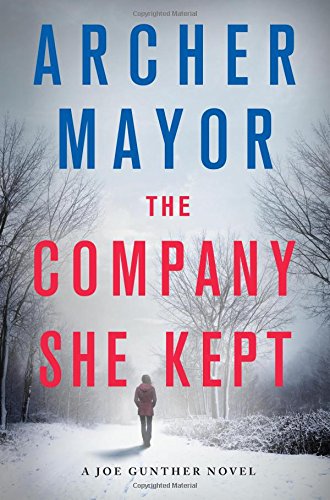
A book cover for The Company She Kept: A Joe Gunther Novel (Joe Gunther Series); Archer Mayor; Mystery, Thriller & Suspense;